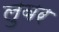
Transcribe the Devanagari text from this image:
लुबर